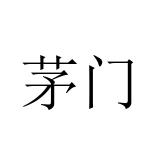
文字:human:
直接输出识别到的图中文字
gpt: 茅门